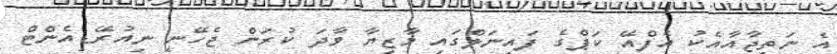
އެ ނަތީޖާއާއެކު އެފްއޭ ކަޕްގެ ފައިނަލްގައި މާޒިޔާ ވާދަ ކުރަން ޖެހޭނީ ނިއުރޭޑިއެންޓް